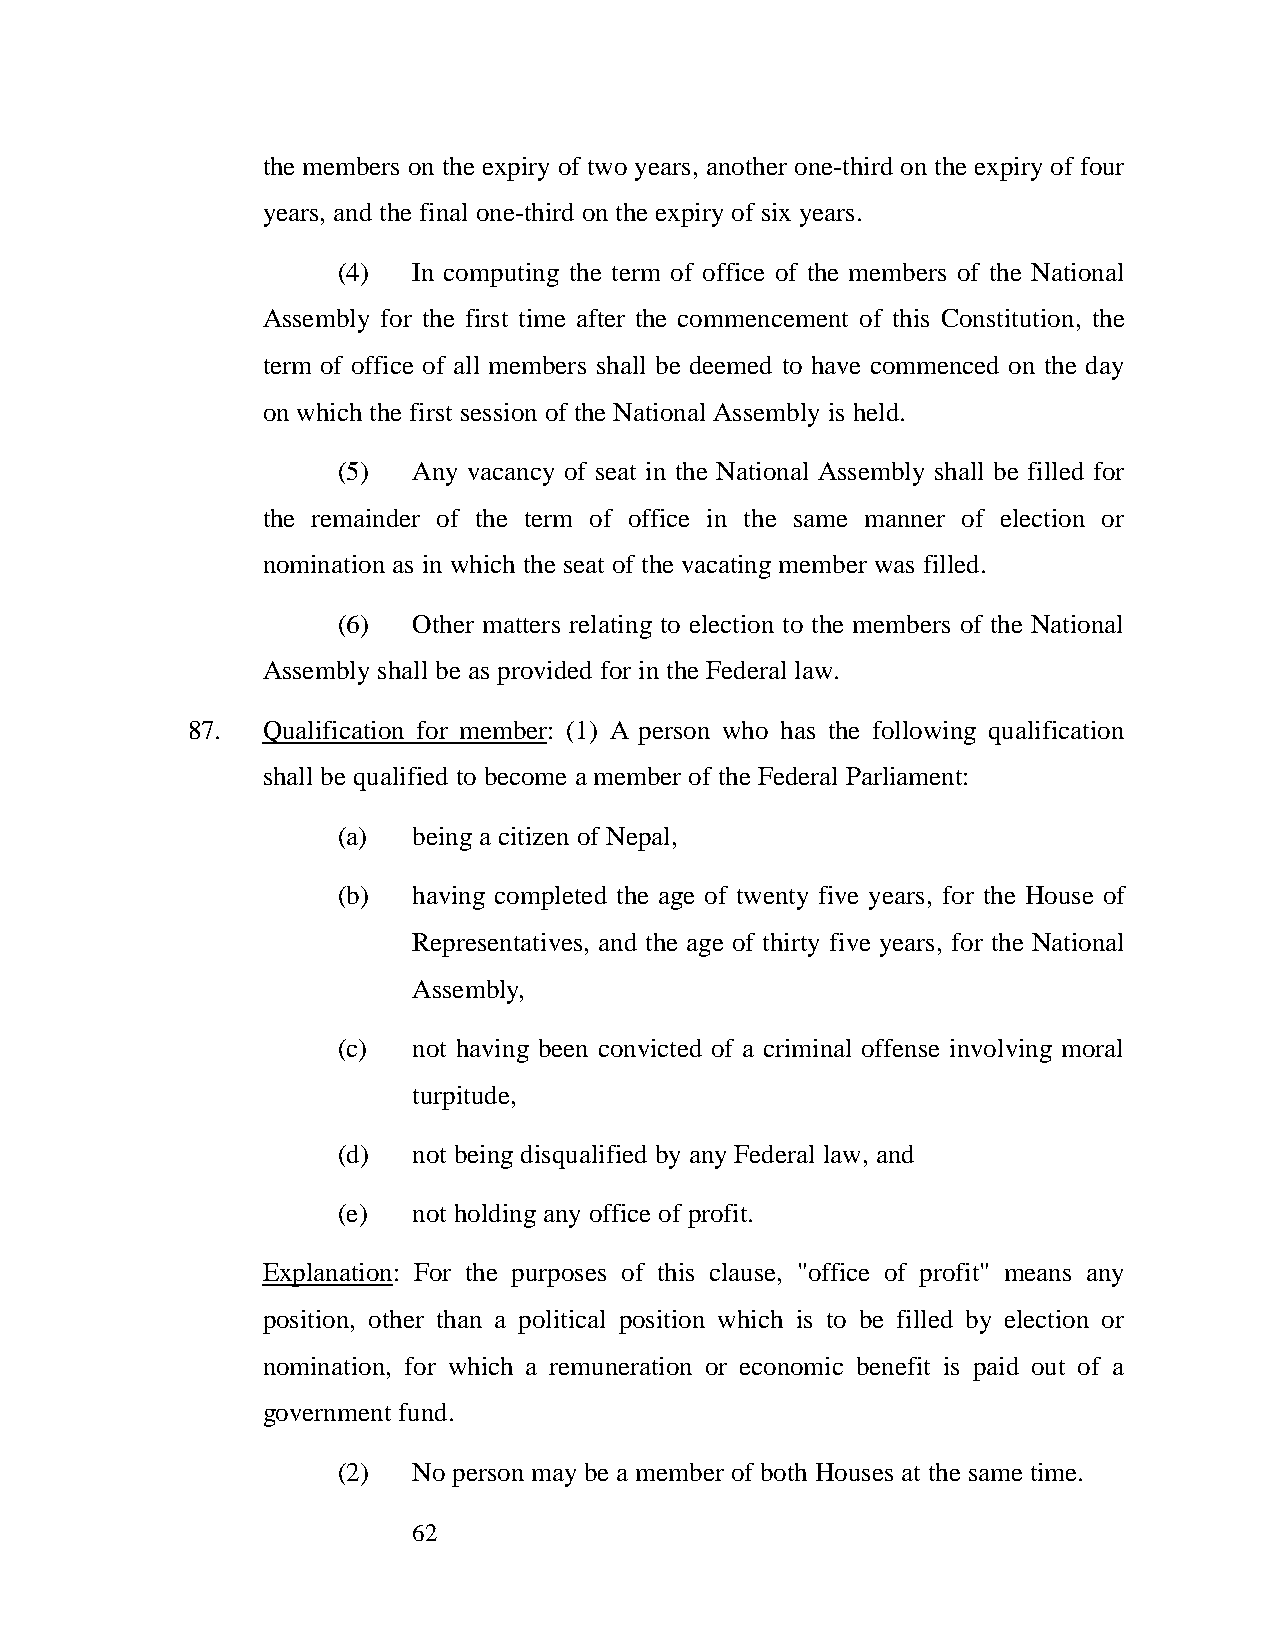
the members on the expiry of two years, another one-third on the expiry of four
 years, and the final one-third on the expiry of six years.
 (4)  In computing the term of office of the members of the National
 Assembly for the first time after the commencement of this Constitution, the
 term of office of all members shall be deemed to have commenced on the day
 on which the first session of the National Assembly is held.
 (5)  Any vacancy of seat in the National Assembly shall be filled for
 the remainder of the term of office in the same manner of election or
 nomination as in which the seat of the vacating member was filled.
 (6)  Other matters relating to election to the members of the National
 Assembly shall be as provided for in the Federal law.
 87.  Qualification for member: (1) A person who has the following qualification
 shall be qualified to become a member of the Federal Parliament:
 (a)  being a citizen of Nepal,
 (b)  having completed the age of twenty five years, for the House of
 Representatives, and the age of thirty five years, for the National
 Assembly,
 (c)  not having been convicted of a criminal offense involving moral
 turpitude,
 (d)  not being disqualified by any Federal law, and
 (e)  not holding any office of profit.
 Explanation: For the purposes of this clause, "office of profit" means any
 position, other than a political position which is to be filled by election or
 nomination, for which a remuneration or economic benefit is paid out of a
 government fund.
 (2)  No person may be a member of both Houses at the same time.
 62